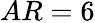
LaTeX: AR=6